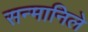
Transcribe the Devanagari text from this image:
सन्मानिले